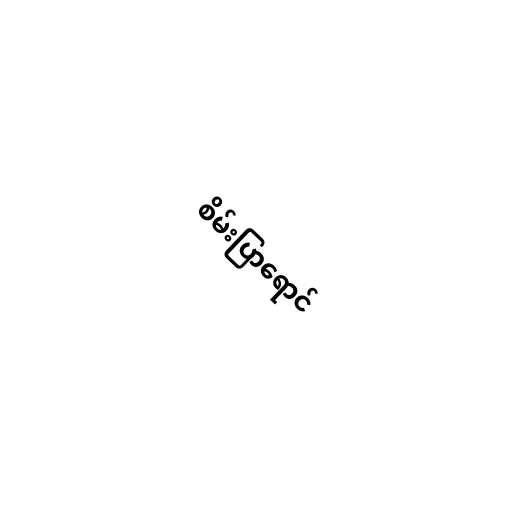
စိမ်းပြာရောင်